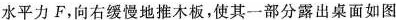
水平力F，向右缓慢地推木板，使其一部分露出桌面如图